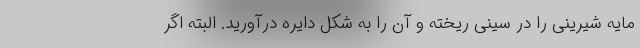
مایه شیرینی را در سینی ریخته و آن را به شکل دایره درآورید. البته اگر